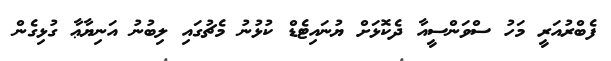
ފެބްރުއަރީ މަހު ސްވަންސީއާ ދެކޮޅަށް ޔުނައިޓެޑް ކުޅުނު މެޗުގައި ލިބުނު އަނިޔާޢާ ގުޅިގެން